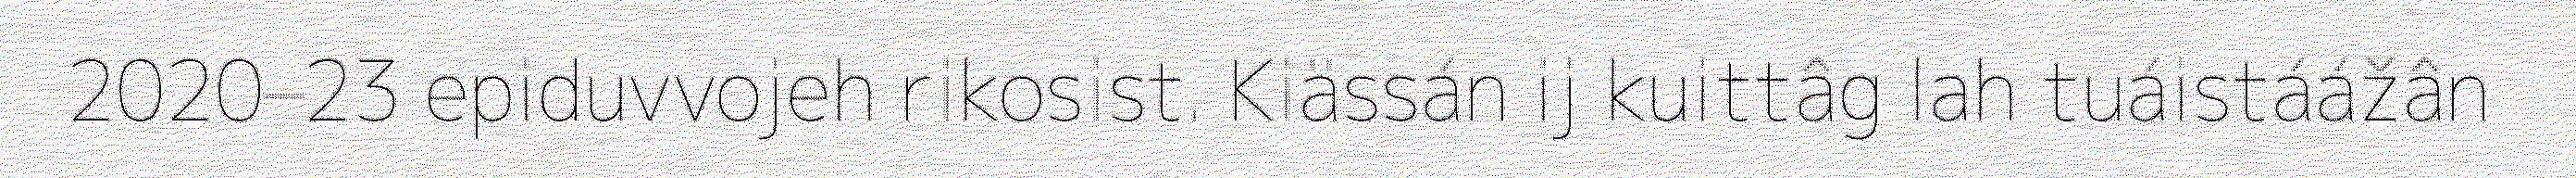
2020–23 epiduvvojeh rikosist. Kiässán ij kuittâg lah tuáistáážân